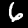
Label: 6